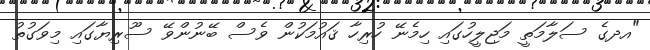
"އދގެ ސަލާމަތީ މަޖިލީހުގައި ހިމެނޭ ހުރިހާ ޤައުމަކުން ވެސް ބޭނުންވޭ ސޫރިޔާގައި މިވަގުތު